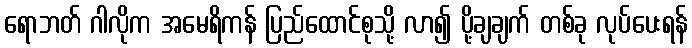
ရောဘတ် ဂါလိုက အမေရိကန် ပြည်ထောင်စုသို့ လာ၍ ပို့ချချက် တစ်ခု လုပ်ပေးရန်